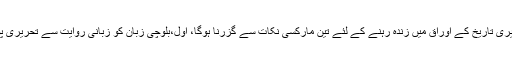
(9)البتہ بلوچی زبان کو تحریری تاریخ کے اوراق میں زندہ رہنے کے لئے تین مارکسی نکات سے گزرنا ہوگا، اول،بلوچی زبان کو زبانی روایت سے تحریری پوزیشن میں جگہ بنانی ہوگی۔